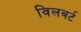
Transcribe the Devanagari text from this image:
विलबर्ट